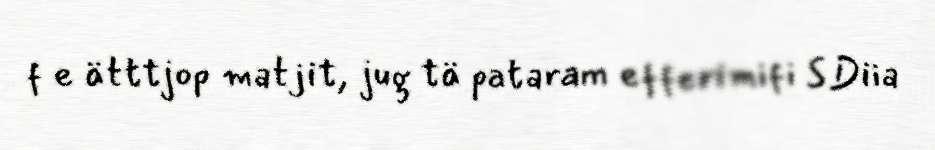
f e ätttjop matjit, jug tä pataram efferimifi SDiia